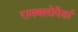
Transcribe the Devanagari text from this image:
रामबलोपेतां